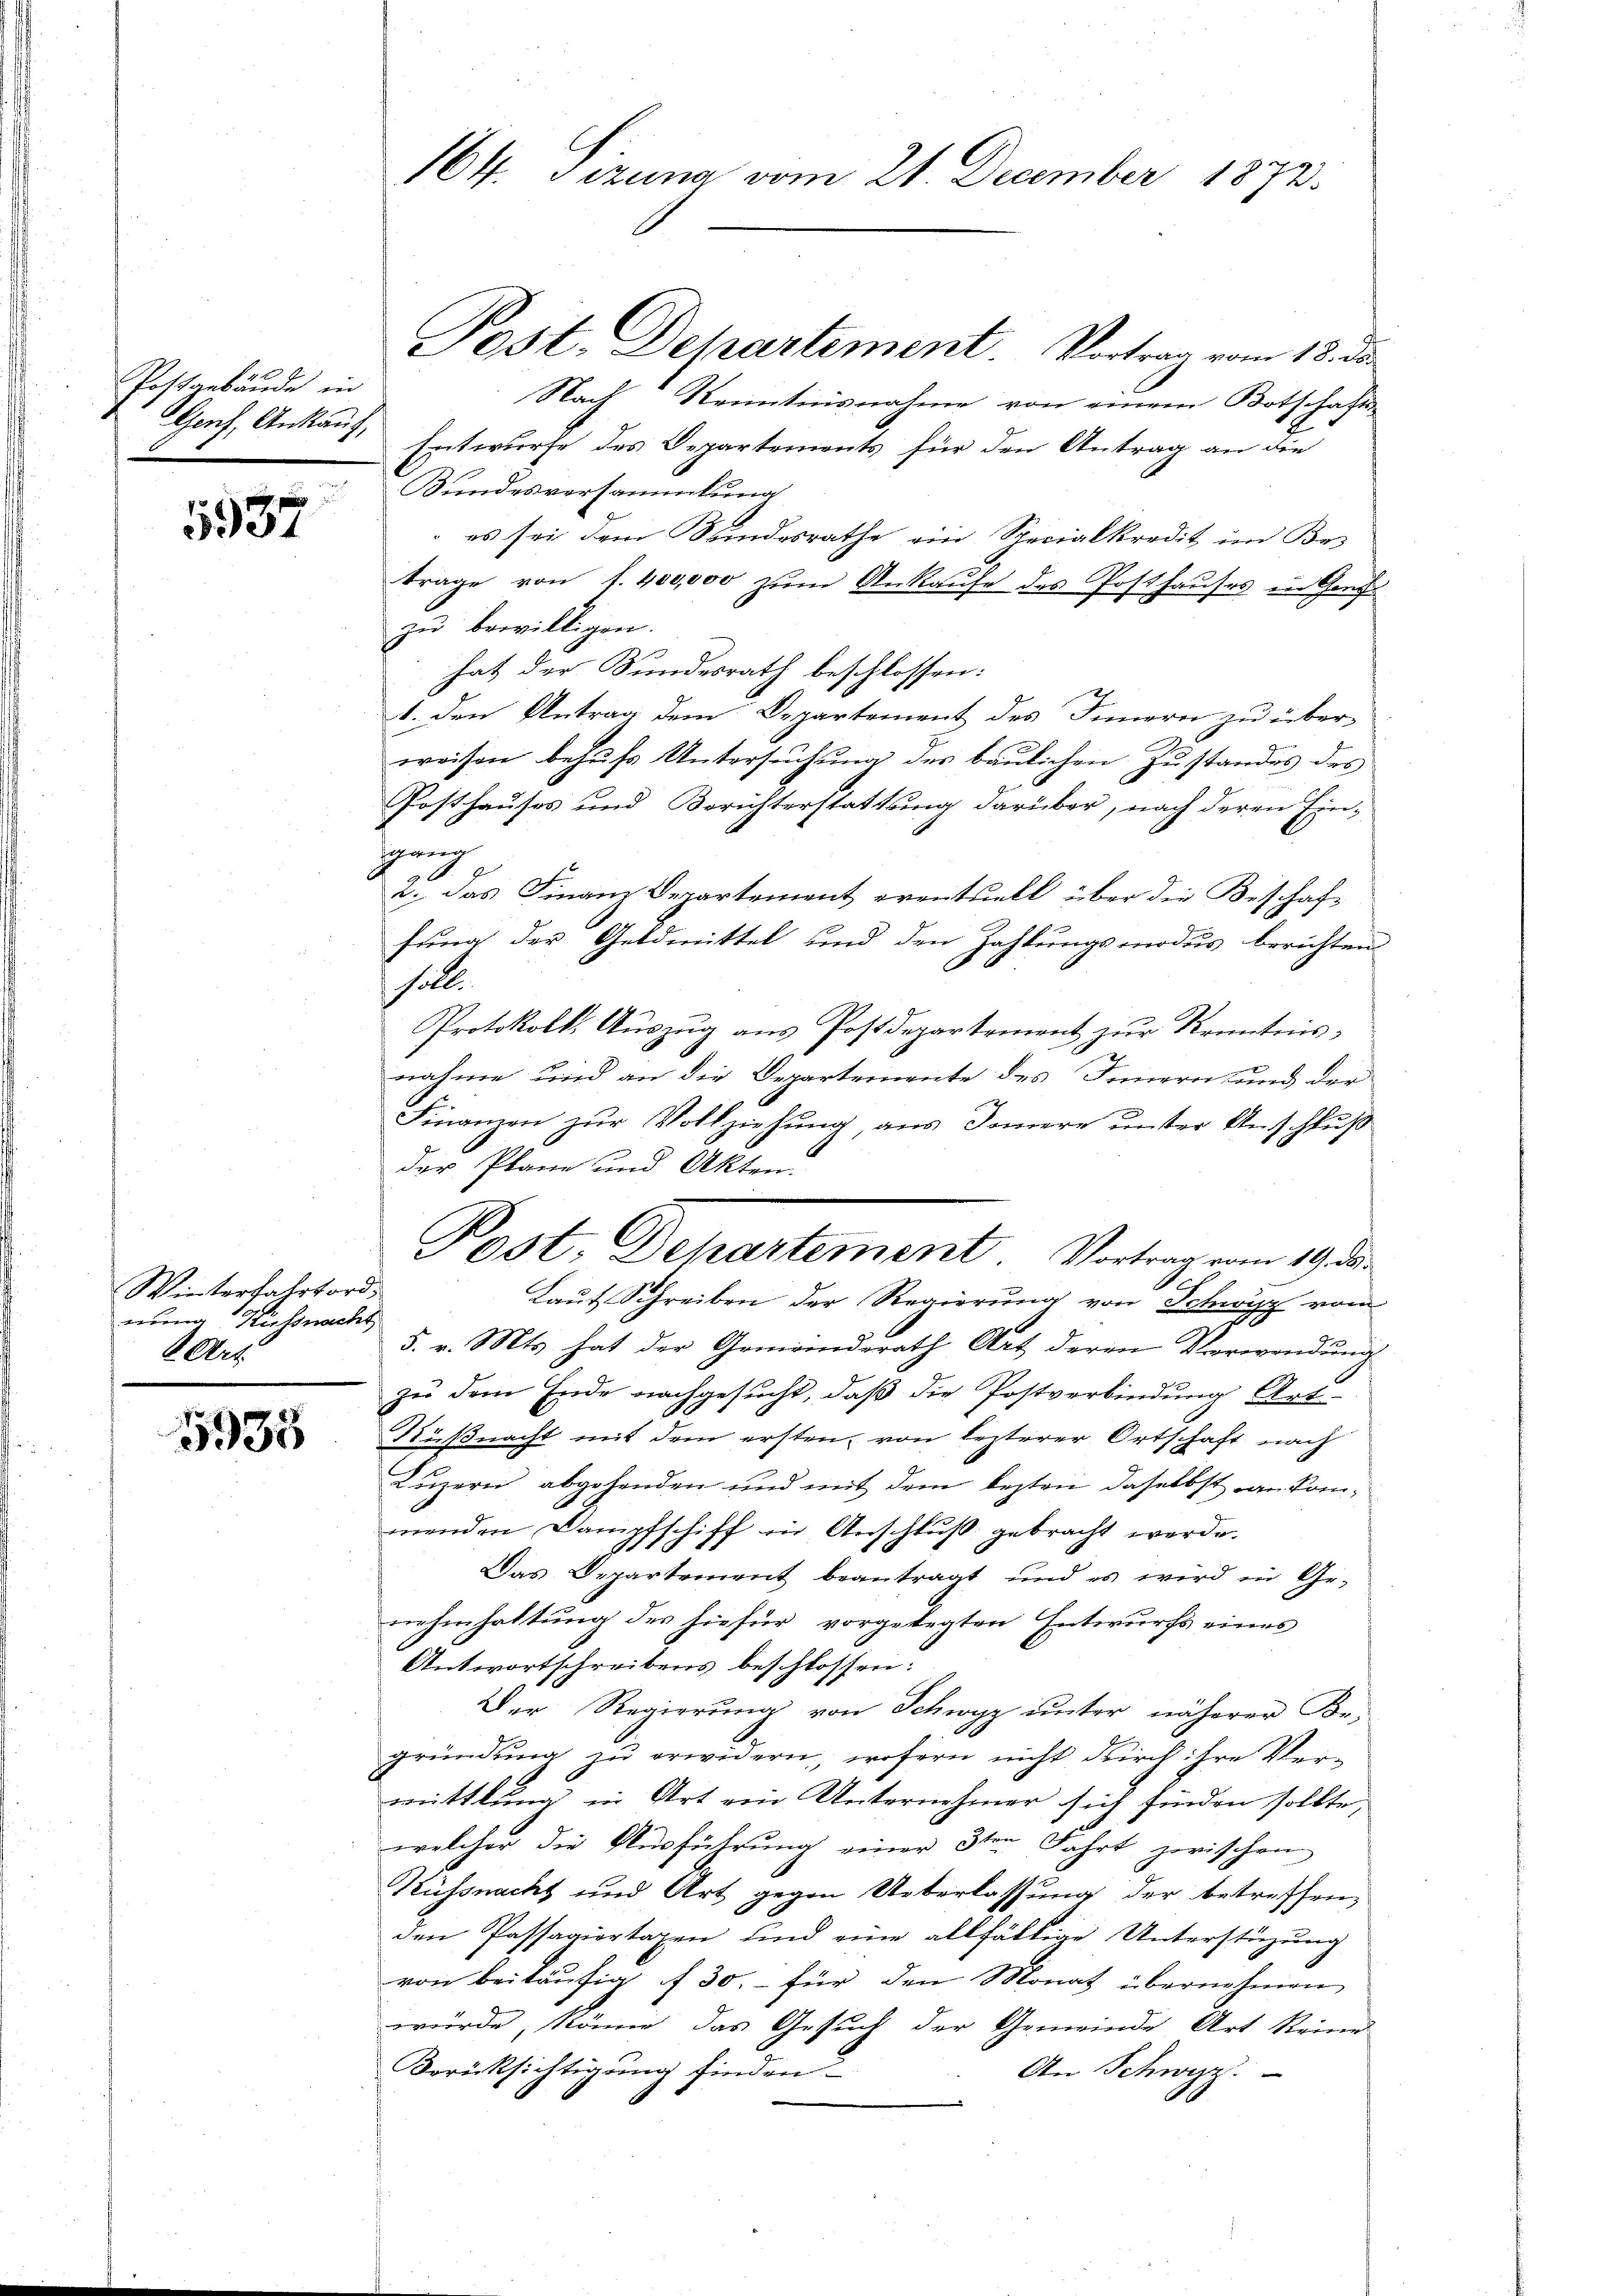
Postgebäude in

5.84

Winterfahrtordnung Küssnacht
6 Art.

5933

Nach Kenntnisnahme von einem Botschafts-
 es sei dem Bundesrathe ein Recialkredit im Be-
trage von f. 400,000 zum Ankaufe des Posthauses in Genf
zu bewilligen.
hat der Bundesrath beschlossen:
1. den Antrag dem Departement des Innern zu über-
c
weisen behufs Untersuchung des baulichen Zustandes des
Posthauses und Berichterstattung darüber, nach deren Ein¬
Gang
g
a. das Finanz Departement eventuell über die Beschaffung der Geldmittel und den Zahlungsmodus berichtend
salle
Protokolls Auszug aus Postdepartement zur Kenntnis,
nahme und an die Departemente des Innern und der
Finanzen zur Vollziehung, aus Innere unter Anschluß
der Plane und Akten.
Post. Departement. Vortrag von 19. d.
Laut Schreiben der Regierung von Schwyz vom
5. v. Mts. hat der Gemeinderath Art deren Verwendung
zu dem Ende nachgesucht, daß die Postverbindung Art-
Küßnacht mit dem ersten, von lezterer Ortschaft nach
Luzern abgehenden und mit dem lezten daselbst an kommenden Dampfschiff in Anschluß gebracht werde.
Das Departement beantragt und es wird in Ge-
nehmhaltung des hiefür vorgelegten Entwurfs eines
Antwortschreibens beschlossen:
Der Regierung von Schwyz unter näherer Be-
gründung zu erwidern, wofern nicht Kirch ihre Vermittlung in Art ein Unternehmer sich finden sollte,
welcher die Ausführung einer 3ten Fahrt zwischen
Küssnacht und Art gegen Ueberlassung der betreffenden Passagiertaxen und eine allfältige Unterstüzung
von beiläufig f 30.- für den Monat übernehmen
würde, könne das Gesuch der Gemeinde Art Steine
Berücksichtigung finden.
An Schwyz.

164. Sizung vom 21. December 1872.

Post. Departement. Vortrag vom 18. ds.
SGorf, Ankauf Entwurfe des Departements für den Antrag an die
Bundesversammlung